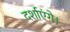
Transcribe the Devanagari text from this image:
दर्शाएंगे।